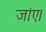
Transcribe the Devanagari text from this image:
जांए।